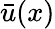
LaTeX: {\bar{u}}(x)